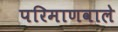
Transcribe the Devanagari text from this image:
परिमाणवाले